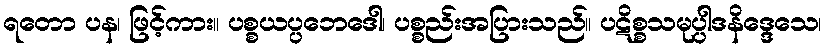
ရတော ပန၊ ဖြင့်ကား။ ပစ္စယပ္ပဘေဒေါ၊ ပစ္စည်းအပြားသည်။ ပဋိစ္စသမုပ္ပါဒနိဒ္ဒေသေ၊